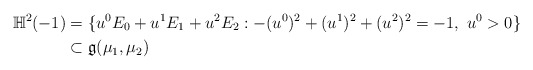
\begin{align*}{\mathbb H}^2(-1)&=\{u^0E_0+u^1E_1+u^2E_2:-(u^0)^2+(u^1)^2+(u^2)^2=-1,\ u^0>0\}\\ &\subset \mathfrak{g}(\mu_1,\mu_2)\end{align*}